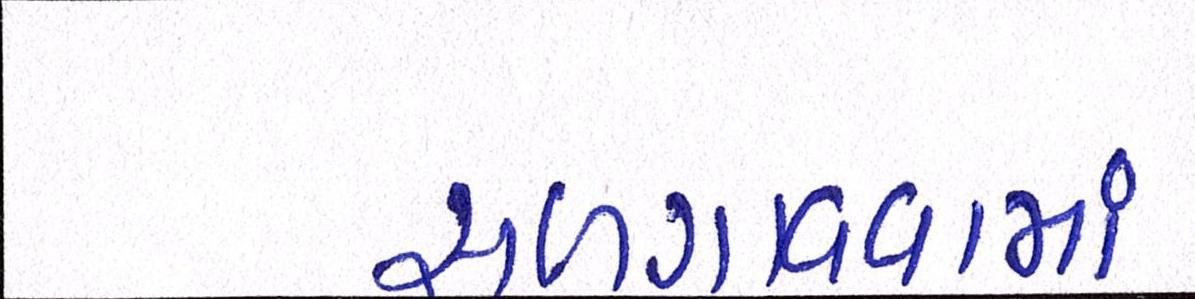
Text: સળગાવવામાં